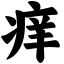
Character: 痒